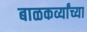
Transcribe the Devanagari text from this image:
बाळकर्व्यांच्या